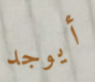
أيوجد